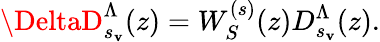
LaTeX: \DeltaD_{s_{\mathbf{v}}}^{\Lambda}(z)=W_{S}^{(s)}(z)D_{s_{\mathbf{v}}}^{\Lambda}(z).